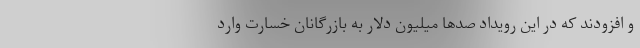
و افزودند که در این رویداد صدها میلیون دلار به بازرگانان خسارت وارد